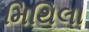
મિથિલા